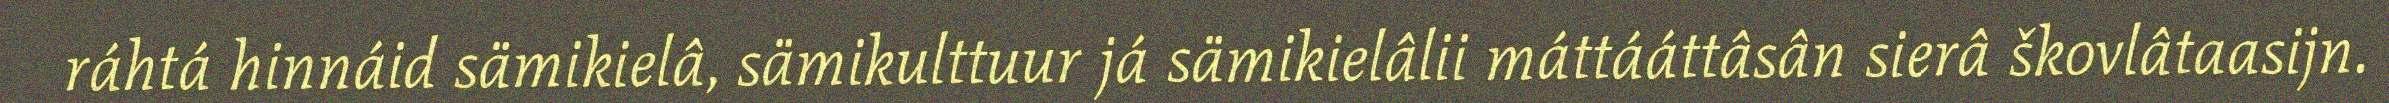
ráhtá hinnáid sämikielâ, sämikulttuur já sämikielâlii máttááttâsân sierâ škovlâtaasijn.